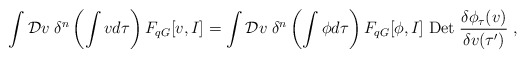
\begin{align*}\int {\cal D}v \;\delta^{n}\left(\int v d\tau \right) F_{q G}[v,I]=\int {\cal D}v \;\delta^{n}\left(\int \phi d\tau \right)F_{q G}[\phi,I] \;{\rm Det}\;\frac{\delta \phi_{\tau}(v)}{\delta v(\tau^{\prime})}\; ,\end{align*}